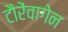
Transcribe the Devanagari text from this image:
टौरेंवागेन